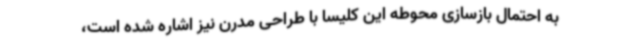
به احتمال بازسازی محوطه این کلیسا با طراحی مدرن نیز اشاره شده است،